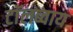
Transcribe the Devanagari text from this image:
टाॅलब्वाय